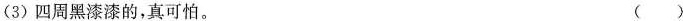
(3)四周黑漆漆的，真\underset{·}{可}\underset{·}{怕}。 ( )